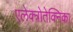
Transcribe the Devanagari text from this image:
एलेक्त्रोतेक्निका